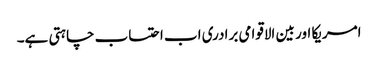
امریکا اور بین الاقوامی برادری اب احتساب چاہتی ہے۔